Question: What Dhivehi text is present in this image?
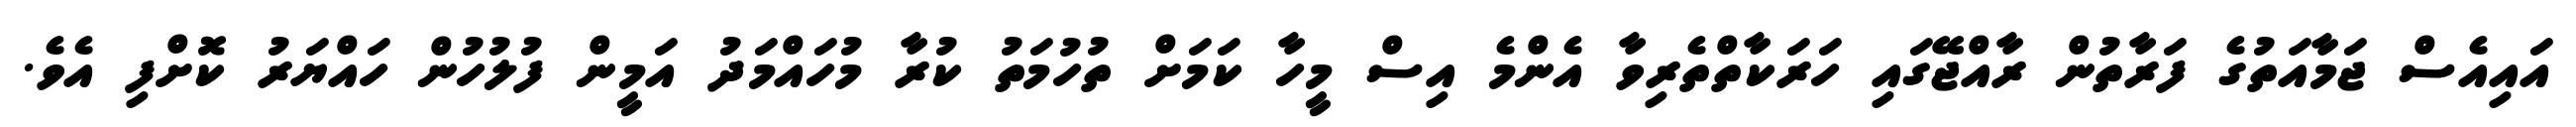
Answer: އައިއެސް ޖަމާއަތުގެ ފަރާތުން ރާއްޖޭގައި ހަރަކާތްތެރިވާ އެންމެ އިސް މީހާ ކަމަށް ތުހުމަތު ކުރާ މުހައްމަދު އަމީން ފުލުހުން ހައްޔަރު ކޮށްފި އެވެ.